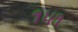
૧૫૧